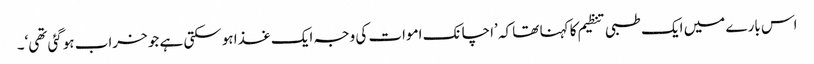
اس بارے میں ایک طبی تنظیم کا کہنا تھا کہ ’اچانک اموات کی وجہ ایک غذا ہوسکتی ہے جو خراب ہوگئی تھی‘۔